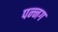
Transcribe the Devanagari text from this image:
पन्‍नग